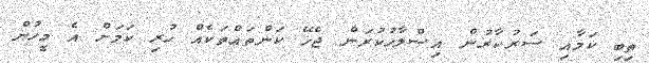
ތިބި ކަމާއި ސަރުކާރުން އިސްލާހުކުރަން ޖެހޭ ކަންތައްތަކެއް ހުރި ކަމަށް އެ މީހުން